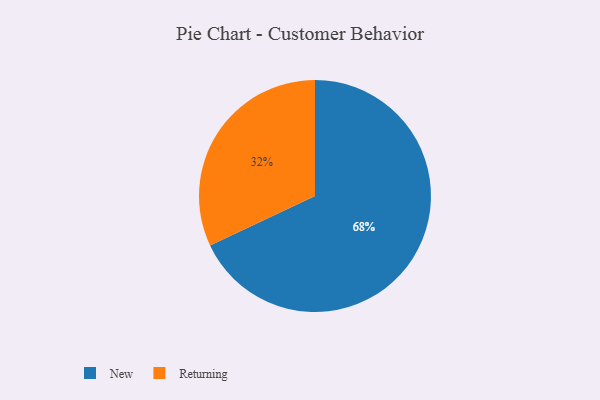
{"axis": {"x": "Category", "y": "Percentage"}, "legend": ["New", "Returning"], "data": [{"x": "New", "y": 68, "type": "New"}, {"x": "Returning", "y": 32, "type": "Returning"}]}